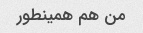
من هم همینطور